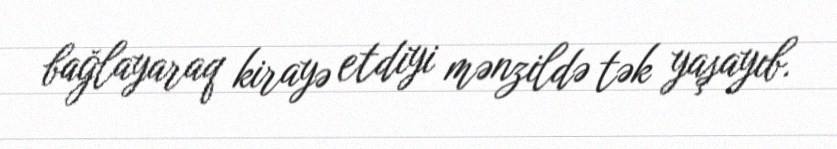
bağlayaraq kirayə etdiyi mənzildə tək yaşayıb.